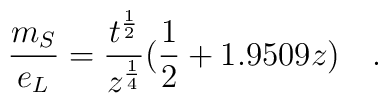
\frac{m_{S}}{e_{L}}=\frac{t^{\frac{1}{2}}}{z^{\frac{1}{4}}}(\frac{1}{2}+1.9509z)\quad .